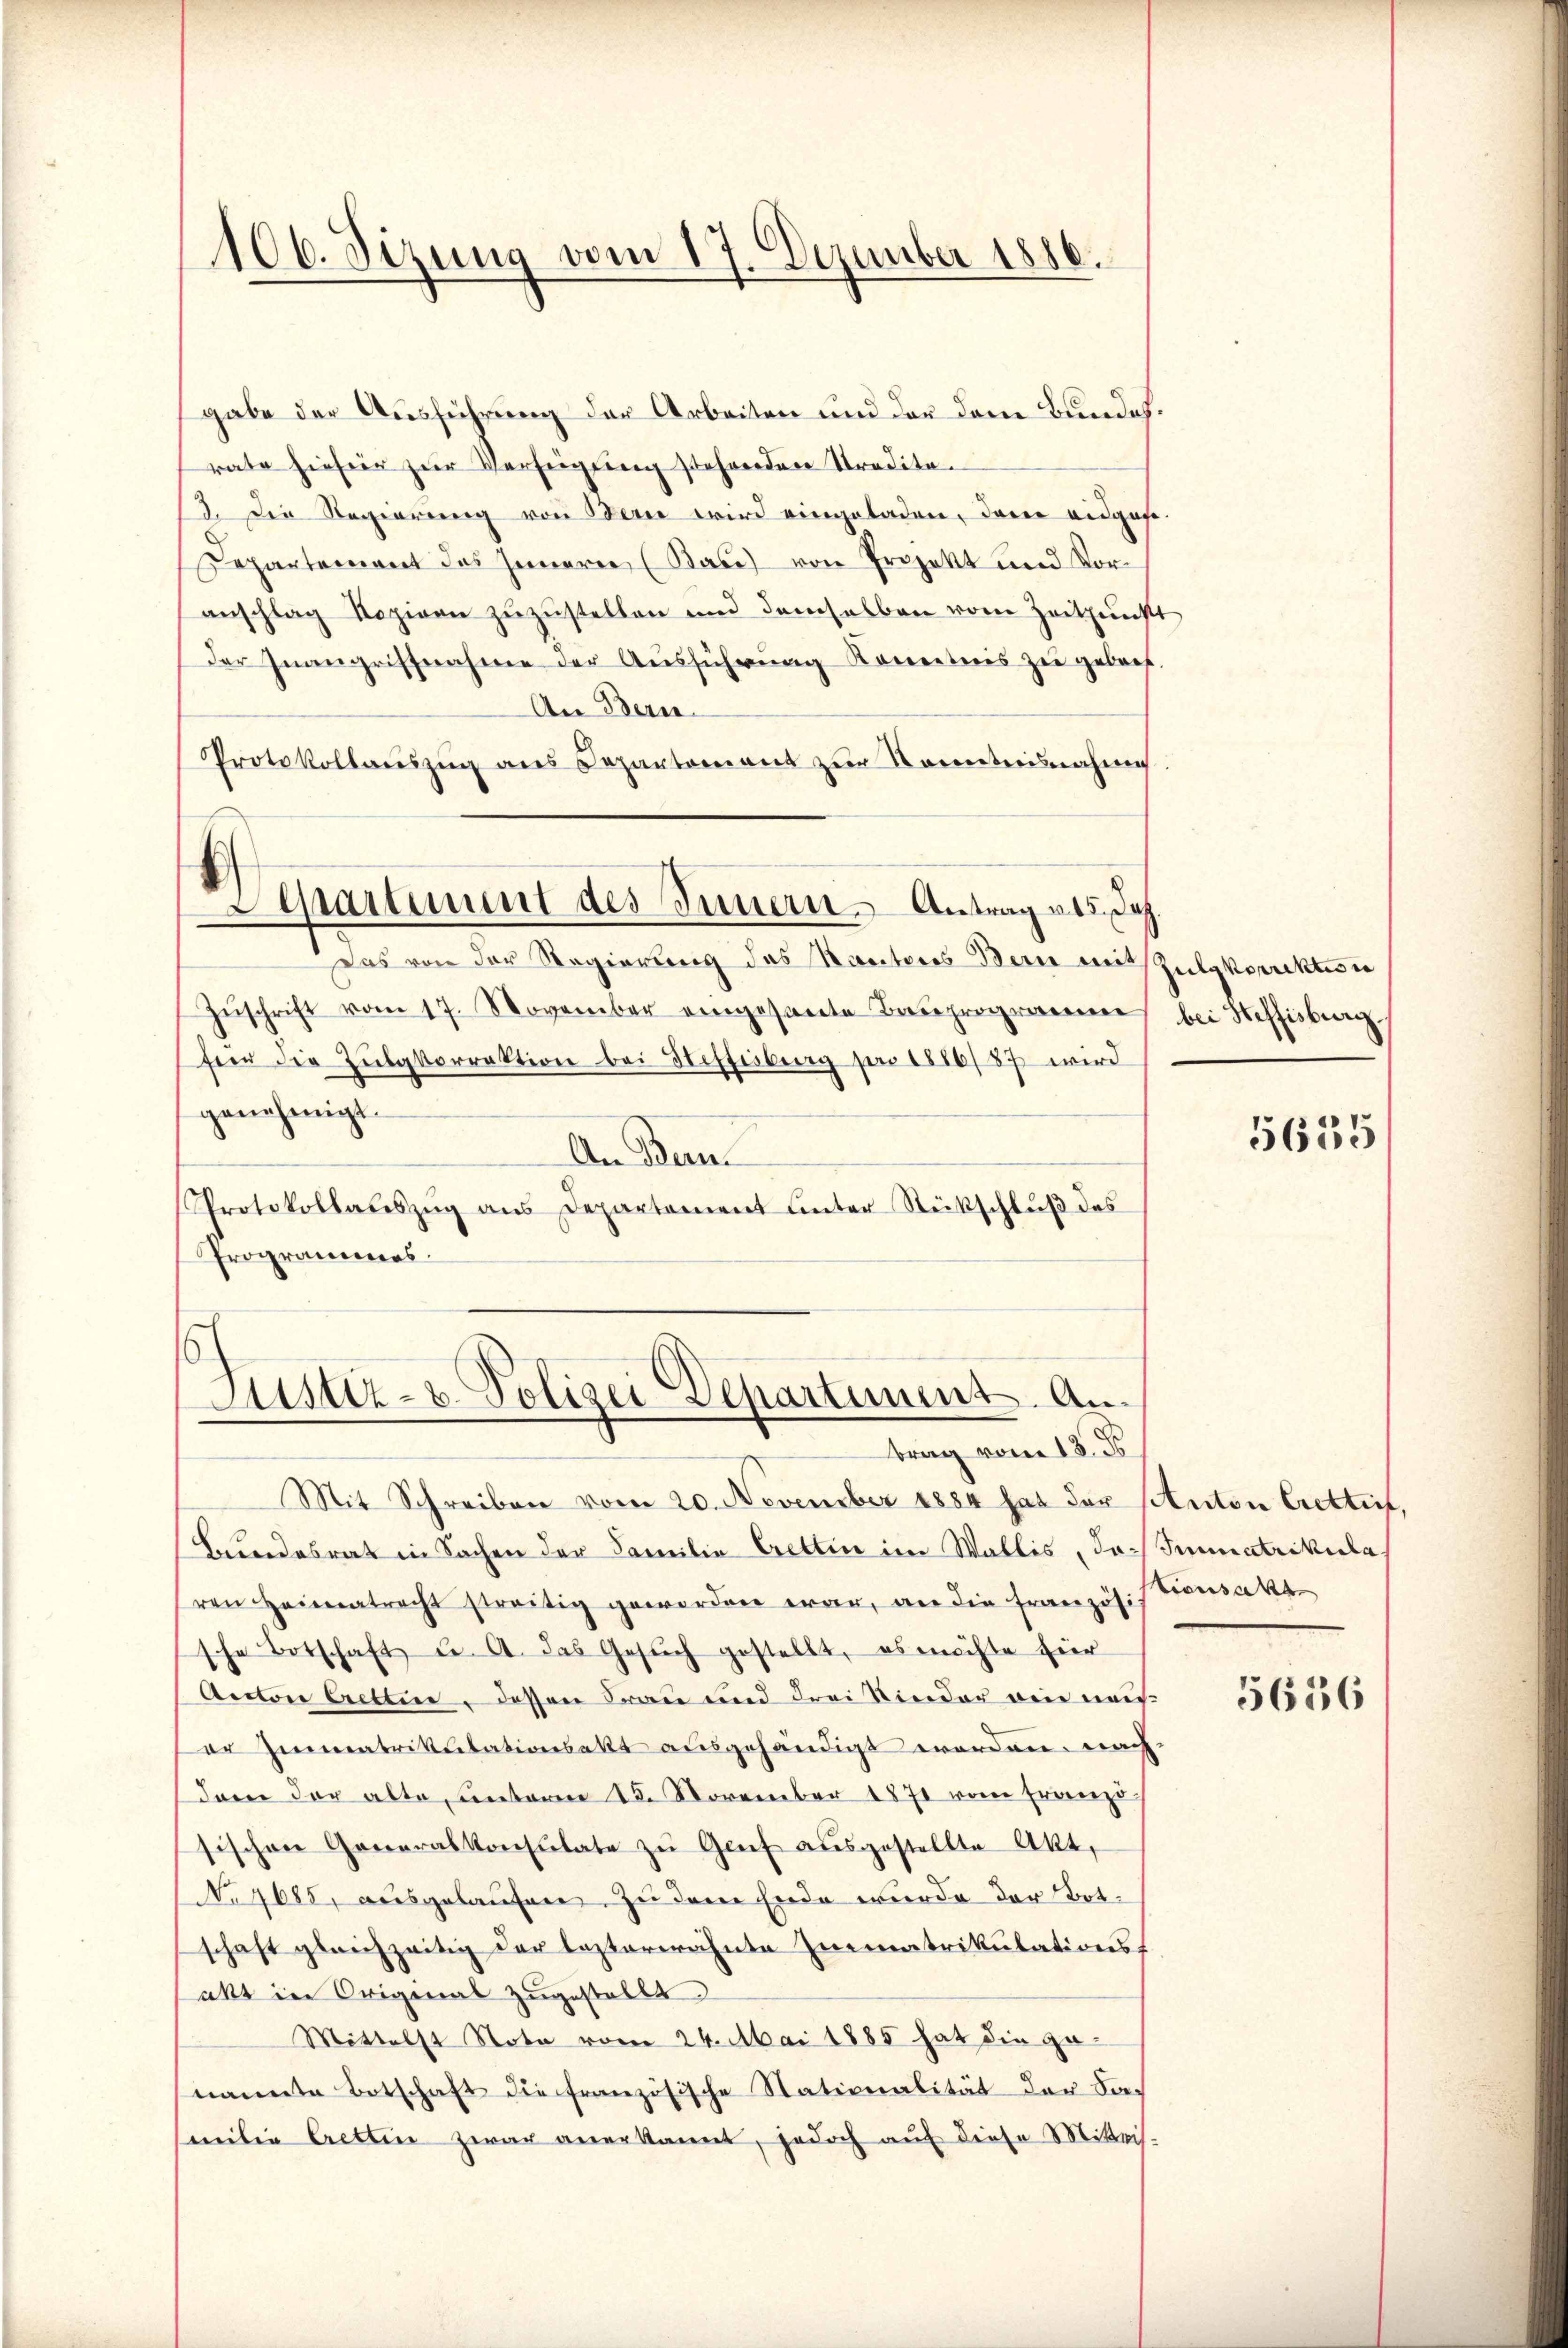
106. Dezung vom 17. Dezember 1886.

gabe der Ausführung der Arbeiten und der dem Bundes.
rate hiefür zur Verfügung stehenden Stradita¬
13. Die Regierung von Bern wird eingeladen, darin eidgese¬
Departement des Innern (Bau) von Projekt und Voranschlag Roziern zuzustellen und demselben vom Zeitpunkt
der Inangriffnahme der Aŭsführŭng Konretnis zŭ gebert.
An Bern.
Protokollaŭszŭg ans Departement zur Kometrisnahme
Separtiment des Innern. Antrag als Dez.
Das von der Regierung des Rautores Bern mit Zulgkorrektion
Zŭschrift vom 17. November eingesarte Besprogrammen bei Heffisburg
feer die Zŭlgkorrektion bei Stoffesberg pro 1886/87 wird
genehmigt.
An Bern
Protokollauszug aus Departement unter Stückschluß des
Programmenes

1
Justiz- u. Polizei Departiment. Anbrag vom 18. D

Mit Schreiben vom 20. November 1884 hat der stuten Crettet,
Bundesrat in Sachen der Familie Crettin im Wallis, Ja- Sumatrikularen Heimatrecht streitig geworden war, an die Französis Transakt
sche Botschaft u. A. das Gesŭch gestellt, es möchte für
Aecton Crettin, dessen Frau und drei Kinder ein mei
er Immatrikulationsakt ausgehändigt worden, nachdern der alte, unterm 15. November 1871 vom franzo
sischen Generalkonsulate zu Genf ausgestellte Akt.
No 9685, ausgelaufen. Zu dem Ende wurde der Botschaft gleichzeitig der testerwähnte Zimmatrikulations-
akt in Original zugestellt
Mittelst Note vom 24. Mai 1885 hat die ge-
nannte Botschaft die französische Stationalität der Samitig Cretten zwar anerkannt, jedoch auf diese Mitteis-

5655

5636